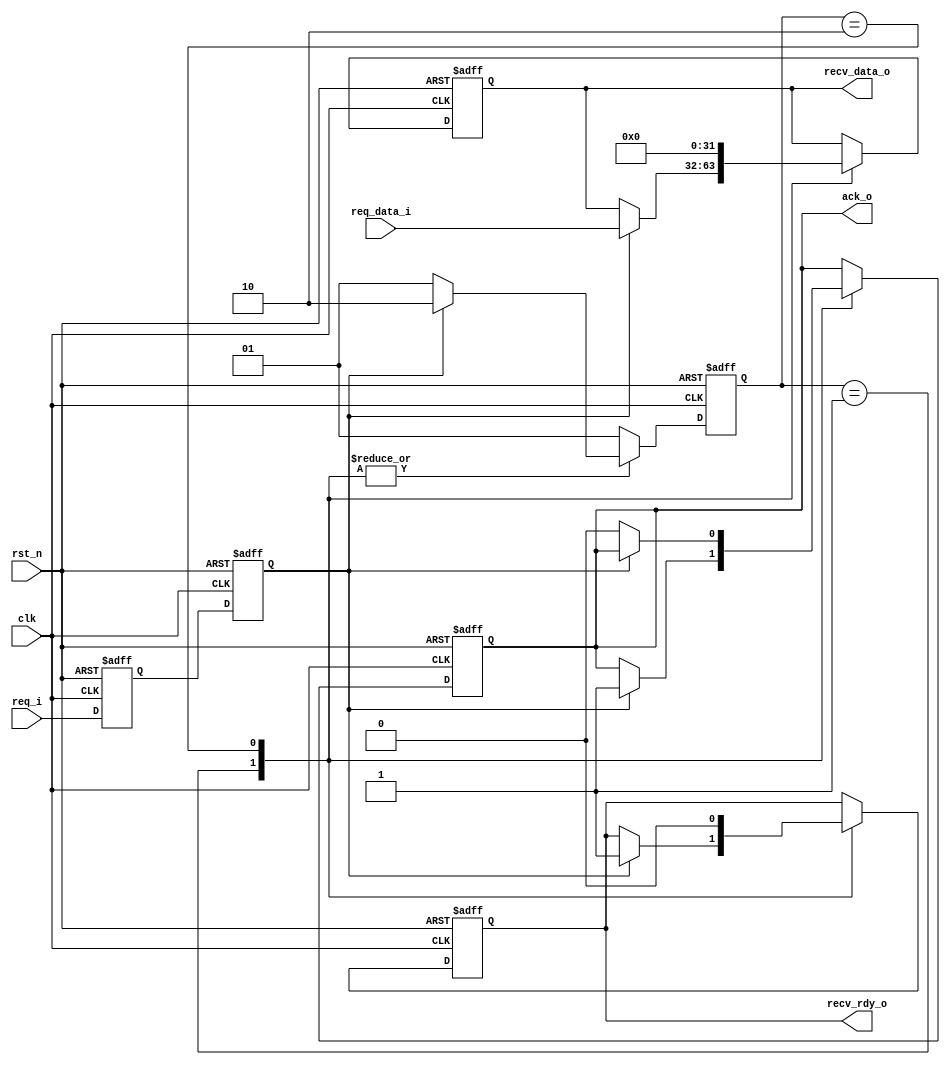
module full_handshake_rx #(
    parameter DW = 32)(             // RX

    input wire clk,                 // 
    input wire rst_n,               // 

    // from tx
    input wire req_i,               // 
    input wire[DW-1:0] req_data_i,  // 

    // to tx
    output wire ack_o,              // 

    // to rx
    output wire[DW-1:0] recv_data_o,// 
    output wire recv_rdy_o          // 

    );

    localparam STATE_IDLE     = 2'b01;
    localparam STATE_DEASSERT = 2'b10;

    reg[1:0] state;
    reg[1:0] state_next;

    always @ (posedge clk or negedge rst_n) begin
        if (!rst_n) begin
            state <= STATE_IDLE;
        end else begin
            state <= state_next;
        end
    end

    always @ (*) begin
        case (state)
            //
            STATE_IDLE: begin
                if (req == 1'b1) begin
                    state_next = STATE_DEASSERT;
                end else begin
                    state_next = STATE_IDLE;
                end
            end
            // 
            STATE_DEASSERT: begin
                if (req) begin
                    state_next = STATE_DEASSERT;
                end else begin
                    state_next = STATE_IDLE;
                end
            end
            default: begin
                state_next = STATE_IDLE;
            end
        endcase
    end

    reg req_d;
    reg req;

    //
    always @ (posedge clk or negedge rst_n) begin
        if (!rst_n) begin
            req_d <= 1'b0;
            req <= 1'b0;
        end else begin
            req_d <= req_i;
            req <= req_d;
        end
    end

    reg[DW-1:0] recv_data;
    reg recv_rdy;
    reg ack;

    always @ (posedge clk or negedge rst_n) begin
        if (!rst_n) begin
            ack <= 1'b0;
            recv_rdy <= 1'b0;
            recv_data <= {(DW){1'b0}};
        end else begin
            case (state)
                STATE_IDLE: begin
                    if (req == 1'b1) begin
                        ack <= 1'b1;
                        recv_rdy <= 1'b1;           // 
                        recv_data <= req_data_i;    // 
                    end
                end
                STATE_DEASSERT: begin
                    recv_rdy <= 1'b0;
                    recv_data <= {(DW){1'b0}};
                    // 
                    if (req == 1'b0) begin
                        ack <= 1'b0;
                    end
                end
            endcase
        end
    end

    assign ack_o = ack;
    assign recv_rdy_o = recv_rdy;
    assign recv_data_o = recv_data;

endmodule